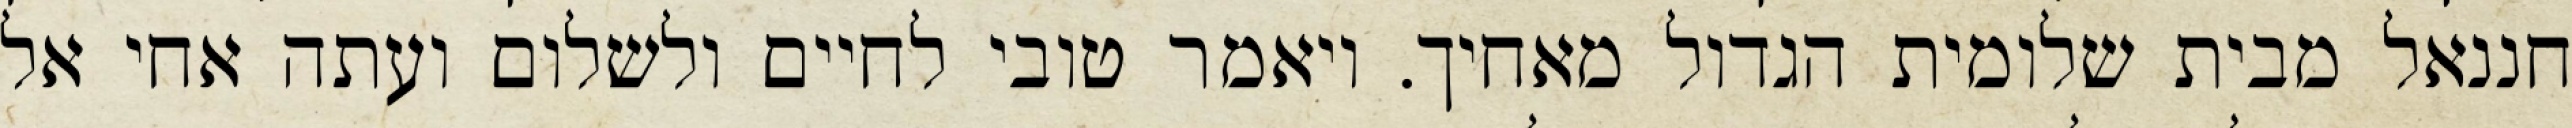
חננאל מבית שלומית הגדול מאחיך. ויאמר טובי לחיים ולשלום ועתה אחי אל